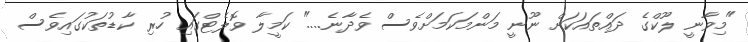
"މިވާނީ ލޫކްގެ ދައްތައަކަށް ނޫނީ މަންމަކަމަށްވެސް ވެދާނެ...." ކަމީލާ ވޮލެޓްގައި ހުރި ކާޑުތަކުގައިވެސް